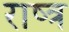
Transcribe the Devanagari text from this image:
राष्त्र